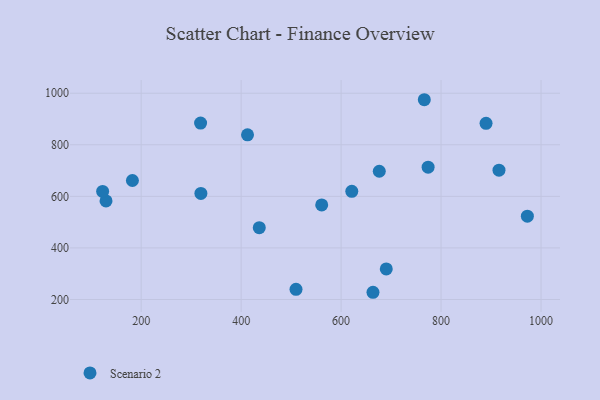
{"axis": {"x": "Distance", "y": "Yield"}, "legend": ["Scenario 2"], "data": [{"x": "412.8", "y": 838.7, "type": "Scenario 2"}, {"x": "129.7", "y": 582.3, "type": "Scenario 2"}, {"x": "182.5", "y": 661.4, "type": "Scenario 2"}, {"x": "890.0", "y": 883.2, "type": "Scenario 2"}, {"x": "509.8", "y": 239.3, "type": "Scenario 2"}, {"x": "663.8", "y": 227.9, "type": "Scenario 2"}, {"x": "621.4", "y": 619.6, "type": "Scenario 2"}, {"x": "318.9", "y": 884.3, "type": "Scenario 2"}, {"x": "690.4", "y": 318.4, "type": "Scenario 2"}, {"x": "319.5", "y": 611.5, "type": "Scenario 2"}, {"x": "561.2", "y": 566.7, "type": "Scenario 2"}, {"x": "774.1", "y": 713.1, "type": "Scenario 2"}, {"x": "676.4", "y": 697.3, "type": "Scenario 2"}, {"x": "766.5", "y": 974.8, "type": "Scenario 2"}, {"x": "436.3", "y": 478.6, "type": "Scenario 2"}, {"x": "915.9", "y": 701.6, "type": "Scenario 2"}, {"x": "122.9", "y": 619.0, "type": "Scenario 2"}, {"x": "972.7", "y": 523.1, "type": "Scenario 2"}]}